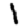
Digit: 1